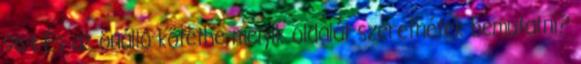
964 És az önálló kötetbe melyik oldalát szeretnétek bemutatni?